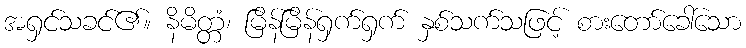
အရှင်သခင်၏။ နိမိတ္တံ၊ မြိန်မြိန်ရှက်ရှက် နှစ်သက်သဖြင့် စားတော်ခေါ်သော